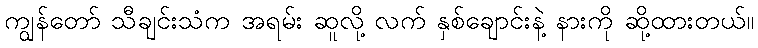
ကျွန်တော် သီချင်းသံက အရမ်း ဆူလို့ လက် နှစ်ချောင်းနဲ့ နားကို ဆို့ထားတယ်။